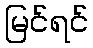
မြင်ရင်